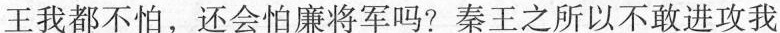
王我都不怕，还会怕廉将军吗？秦王之所以不敢进攻我